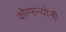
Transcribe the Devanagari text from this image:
कोम्पान्योनी